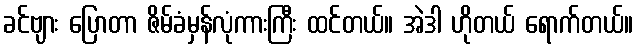
ခင်ဗျား ပြောတာ ဇိမ်ခံမှန်လုံကားကြီး ထင်တယ်။ အဲဒါ ဟိုတယ် ရောက်တယ်။